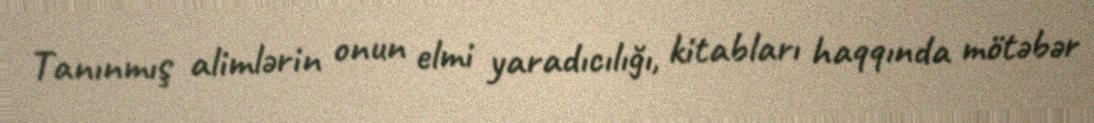
Tanınmış alimlərin onun elmi yaradıcılığı, kitabları haqqında mötəbər